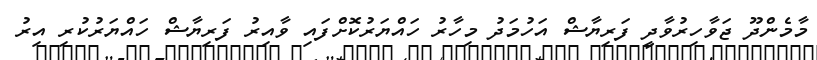
މާމެންދޫ ޖަވާހިރުވާދީ ފަރިޔާޝް އަހުމަދު މިހާރު ހައްޔަރުކޮށްފައި ވާއިރު ފަރިޔާޝް ހައްޔަރުކުރި އިރު